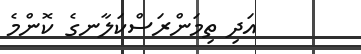
އަދި ތިމަންރަސްކަލާނގެ ކޮންމެ